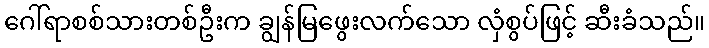
ဂေါ်ရာစစ်သားတစ်ဦးက ချွန်မြဖွေးလက်သော လှံစွပ်ဖြင့် ဆီးခံသည်။